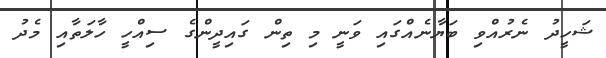
ޝަހީދު ނެރުއްވި ބަޔާނެއްގައި ވަނީ މި ތިން ގައިދީންގެ ސިއްހީ ހާލަތާއި މެދު